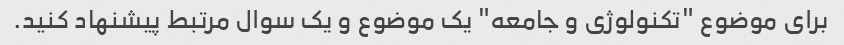
برای موضوع "تکنولوژی و جامعه" یک موضوع و یک سوال مرتبط پیشنهاد کنید.